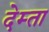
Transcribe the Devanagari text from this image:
देम्ता